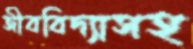
জীববিদ্যাসহ